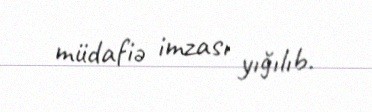
müdafiə imzası yığılıb.